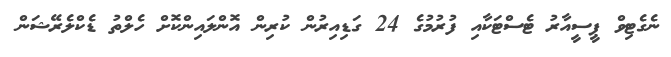
ނެގެޓިވް ޕީސީއާރު ޓެސްޓަކާއި ފުރުމުގެ 24 ގަޑިއިރުން ކުރިން އޮންލައިންކޮށް ހެލްތު ޑެކްލެރޭޝަން